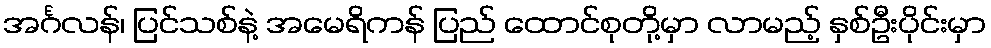
အင်္ဂလန်၊ ပြင်သစ်နဲ့ အမေရိကန် ပြည် ထောင်စုတို့မှာ လာမည့် နှစ်ဦးပိုင်းမှာ